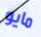
مايو